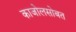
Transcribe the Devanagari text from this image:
काजोलसोबत